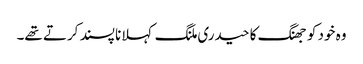
وہ خود کو جھنگ کا حیدری ملنگ کہلانا پسند کرتے تھے۔